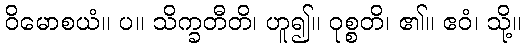
ဝိမောစယံ။ ပ။ သိက္ခတီတိ၊ ဟူ၍။ ဝုစ္စတိ၊ ၏။ ဧဝံ၊ သို့။